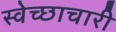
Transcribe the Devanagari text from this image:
स्‍वेच्‍छाचारी